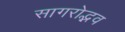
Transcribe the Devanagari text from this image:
सागरोद्भव